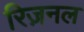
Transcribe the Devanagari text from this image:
रिज़नल